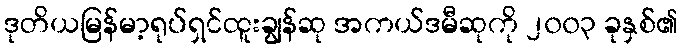
ဒုတိယမြန်မာ့ရုပ်ရှင်ထူးချွန်ဆု အကယ်ဒမီဆုကို ၂၀၀၃ ခုနှစ်၏